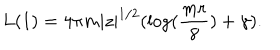
L ( 1 ) = 4 \pi m | z | ^ { 1 / 2 } ( \log ( { \frac { m r } { 8 } } ) + \gamma ) .